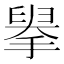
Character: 𦥹